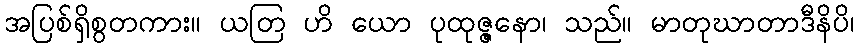
အပြစ်ရှိစွတကား။ ယတြ ဟိ ယော ပုထုဇ္ဇနော၊ သည်။ မာတုဃာတာဒီနိပိ၊